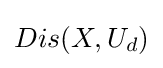
Dis(X,U_{d})